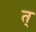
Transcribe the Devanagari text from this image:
त्‌